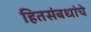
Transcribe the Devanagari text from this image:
हितसंबधांचे